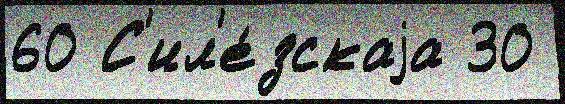
60 С'ил'е́зскаjа 30